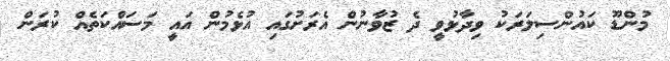
މުންޑޫ ކައުންސިލަރަކު ވިދާޅުވީ ދެ ޒުވާނުން އެރަށުގައި އުޅެމުން އައީ މަސައްކަތެއް ކުރަން